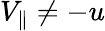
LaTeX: V_{\parallel}\neq-u